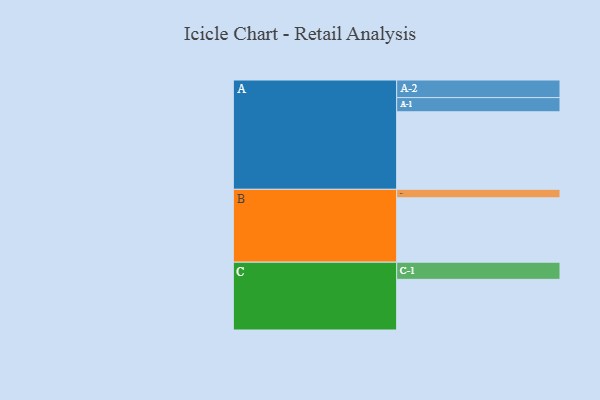
{"axis": {"x": "Segment", "y": "Value"}, "legend": ["", "A", "B", "C"], "data": [{"x": "A", "y": 502, "type": ""}, {"x": "B", "y": 417, "type": ""}, {"x": "C", "y": 328, "type": ""}, {"x": "A-1", "y": 92, "type": "A"}, {"x": "A-2", "y": 114, "type": "A"}, {"x": "B-1", "y": 55, "type": "B"}, {"x": "C-1", "y": 111, "type": "C"}]}